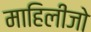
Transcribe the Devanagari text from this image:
माहिलीजो